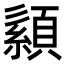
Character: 𦅨